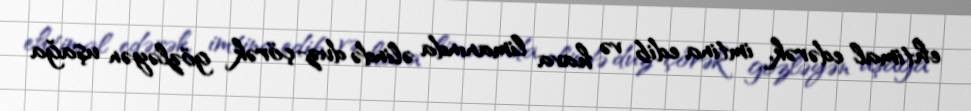
ehtimal edərək, imtina edib və hava limanında əlində duz-çörək gözləyən uşağa